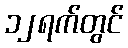
၁၂ရက်တွင်